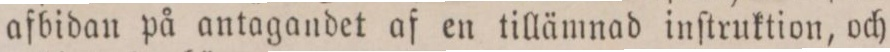
afbidan på antagandet af en tillämnad inſtruktion, och